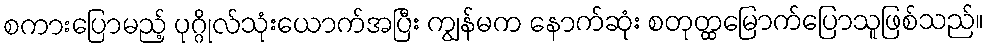
စကားပြောမည့် ပုဂ္ဂိုလ်သုံးယောက်အပြီး ကျွန်မက နောက်ဆုံး စတုတ္ထမြောက်ပြောသူဖြစ်သည်။